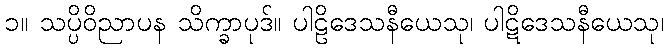
၁။ သပ္ပိဝိညာပန သိက္ခာပုဒ်။ ပါဠိဒေသနီယေသု၊ ပါဋိဒေသနီယေသု၊